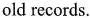
old records.